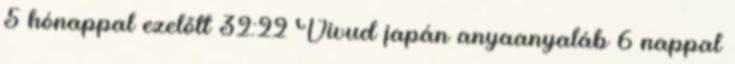
5 hónappal ezelőtt 32:22 Vivud japán anyaanyaláb 6 nappal